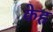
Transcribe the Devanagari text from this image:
केह